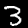
Label: 3